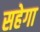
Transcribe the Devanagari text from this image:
सहेगा